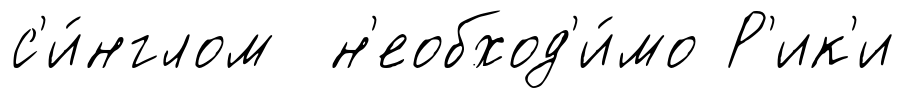
с'и́нглом н'еобход'и́мо Р'ик'и